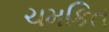
ચમકિત